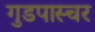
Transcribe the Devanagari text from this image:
गुडपास्चर